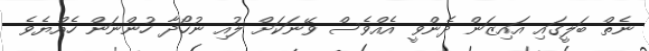
ނެތް ބަލީގައި އައިޒަން ދެންވީ އެއްވެސް ވޭނަކަށް ލުއި ނުހޯދާ ހުންނަން ހެއްޔެވެ